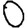
Digit: 0